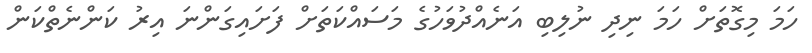
ހަމަ މިގޮތަށް ހަމަ ނިދި ނުލިބި އަނެއްދުވަހުގެ މަސައްކަތަށް ފަށައިގަންނަ އިރު ކަންނެތްކަން